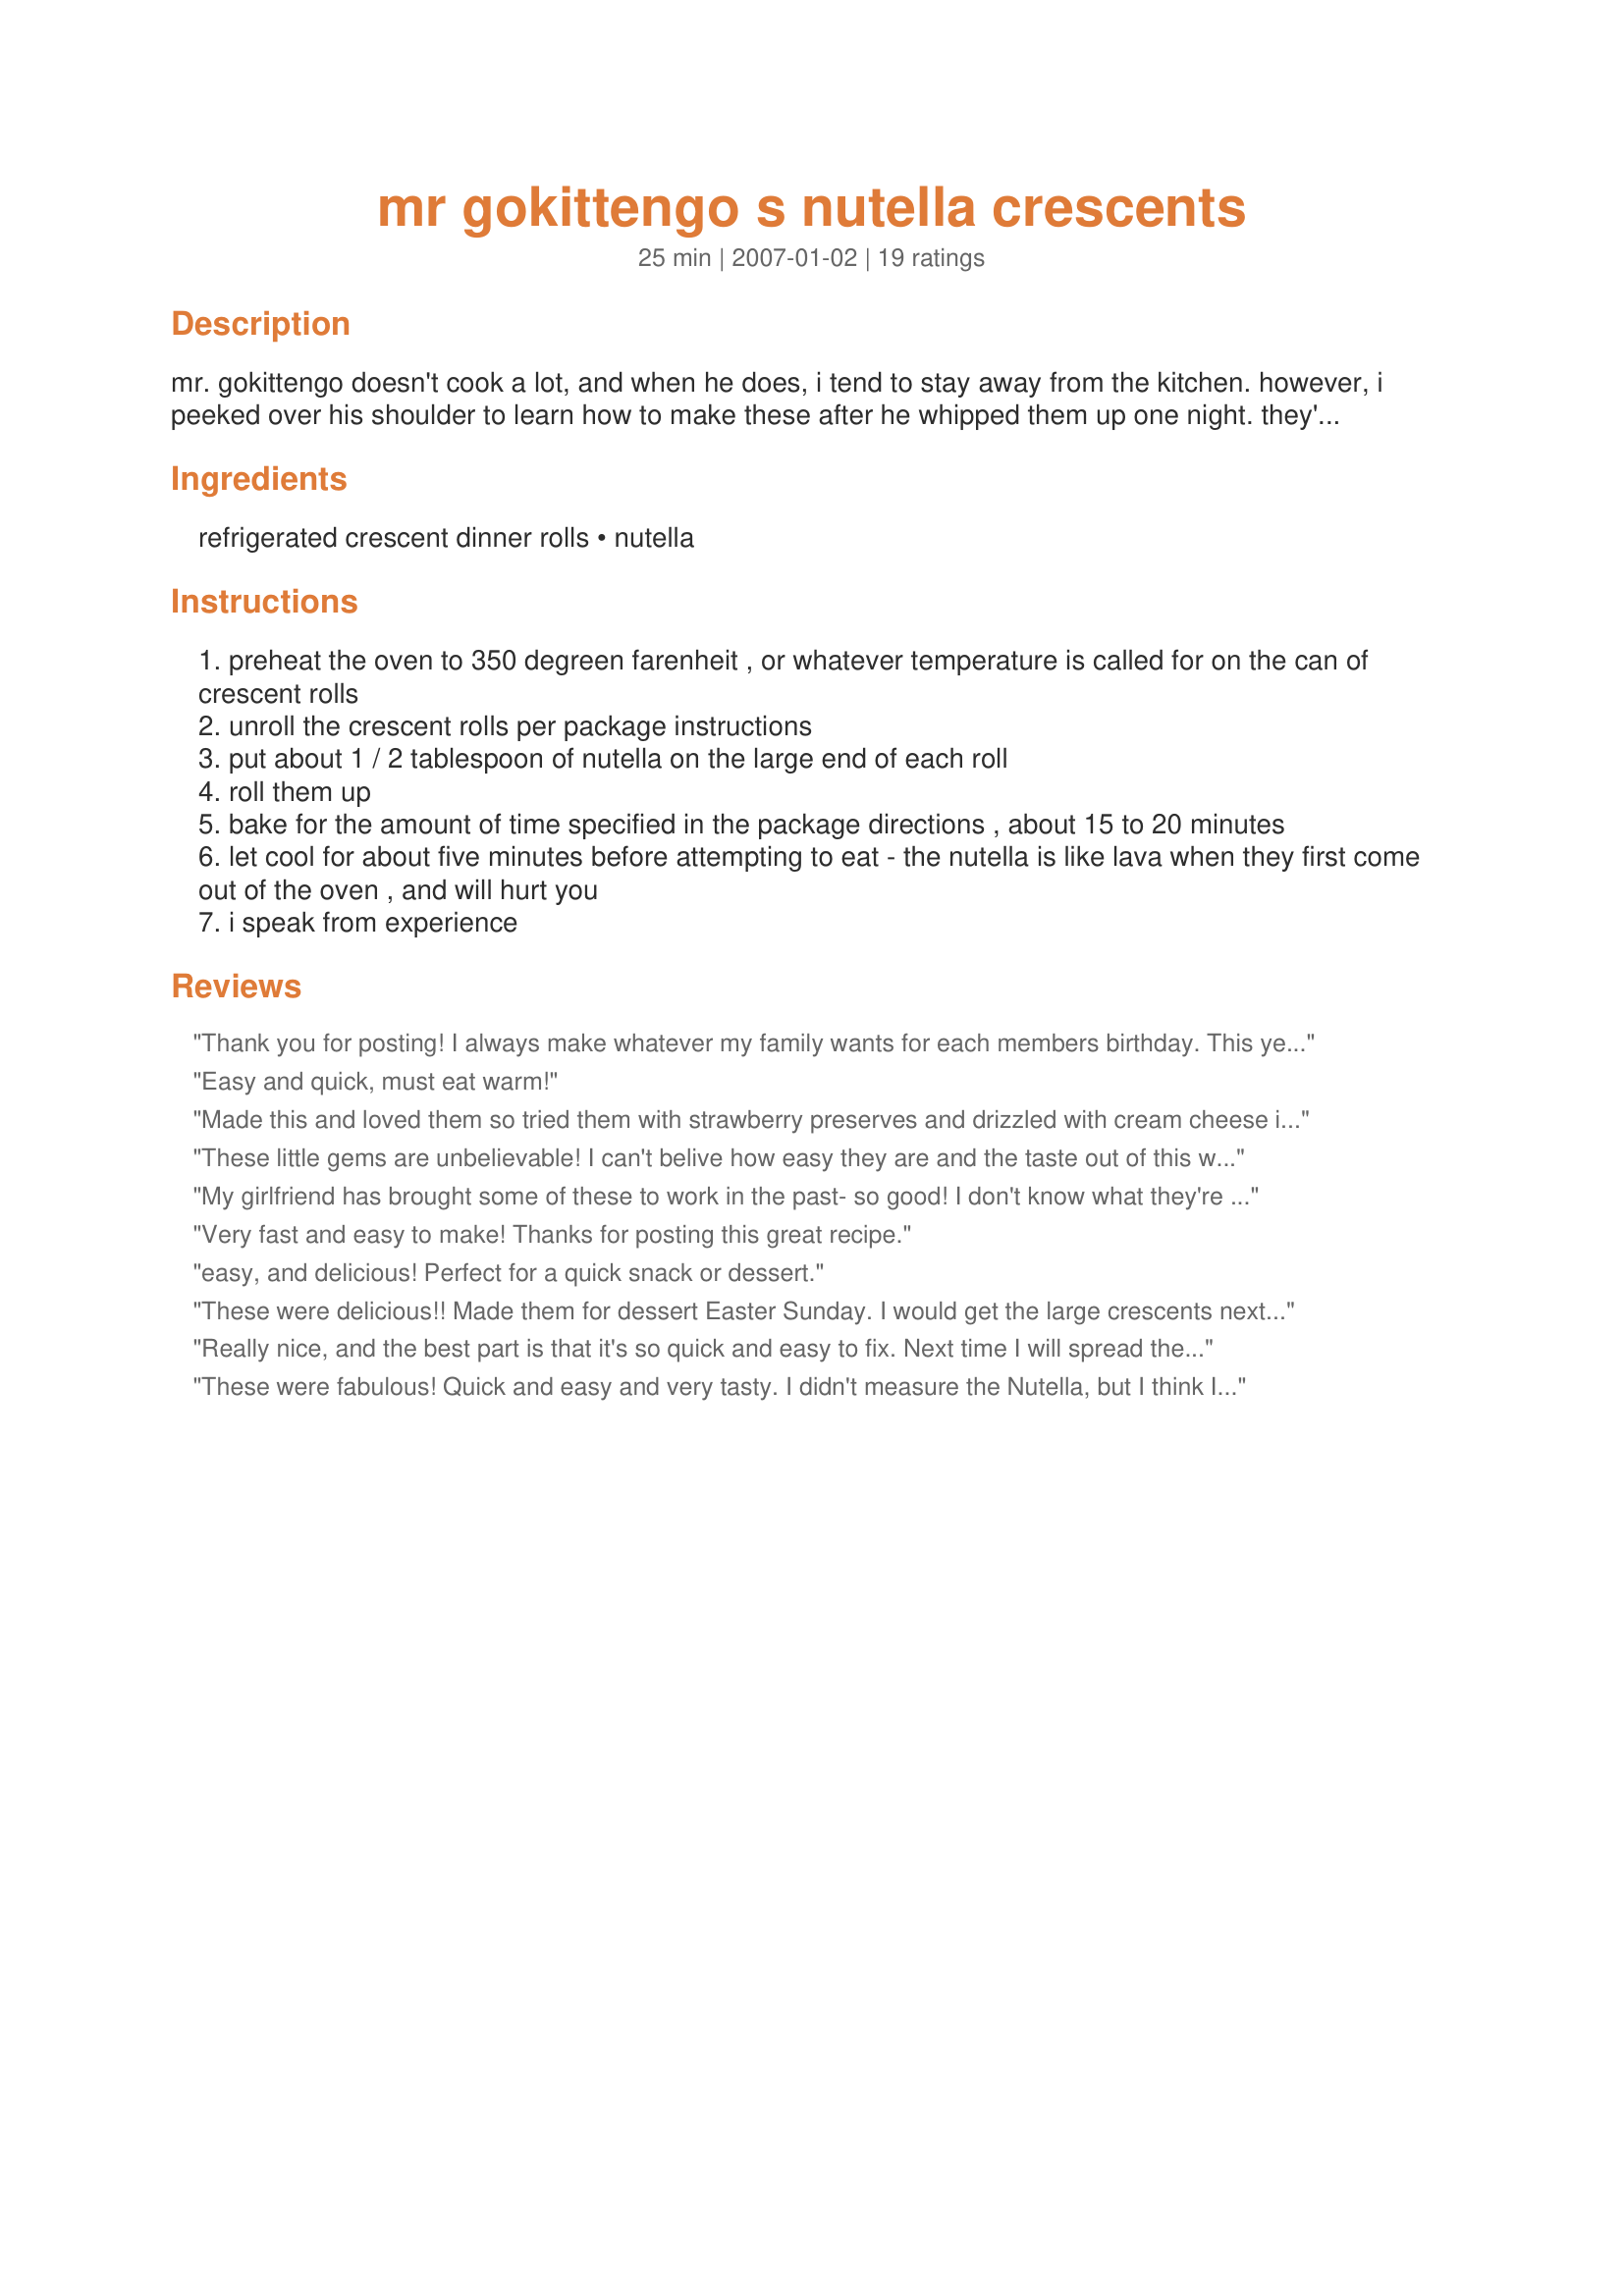
mr gokittengo s nutella crescents
Preparation time: 25 minutes

mr. gokittengo doesn't cook a lot, and when he does, i tend to stay away from the kitchen. however, i peeked over his shoulder to learn how to make these after he whipped them up one night. they're almost too easy to be a recipe! note that this recipe calls for the "big & flaky" crescent rolls; if you use the regular size ones, you might want to use less nutella. then again, you might not. ;)

Ingredients:
refrigerated crescent dinner rolls, nutella

Steps:
preheat the oven to 350 degreen farenheit , or whatever temperature is called for on the can of crescent rolls
unroll the crescent rolls per package instructions
put about 1 / 2 tablespoon of nutella on the large end of each roll
roll them up
bake for the amount of time specified in the package directions , about 15 to 20 minutes
let cool for about five minutes before attempting to eat - the nutella is like lava when they first come out of the oven , and will hurt you
i speak from experience

Reviews:
Thank you for posting! I always make whatever my family wants for each members birthday. This year my son wated a favorite sandwhich of his for desert...a nutella, peanut butter and marshmallow concoction! It's hard to make a cake like that, so I made a bunch of these instead! I just added peanut butter chips and marshmallows to the filling. He loved them and the family did too! Thanks for making a birthday meal special in a unique way!!!
Easy and quick, must eat warm!
Made this and loved them so tried them with strawberry preserves and drizzled with cream cheese icing. Served both kinds of them at a tea for my Red Hat group and they all loved them and was surprized how easy. This is a good fast fix when you want something sweet and warm or company pops in.
These little gems are unbelievable! I can't belive how easy they are and the taste out of this world...I dusted them with some powdered sugar and they looked and tasted like I had slaved baking all day...
My girlfriend has brought some of these to work in the past- so good! I don't know what they're like warm, but room temp/slightly cool they're still heavenly. The nutella kind of seeps into the crescent and it becomes like a chocolate filled pastry. She sprinkled with powdered sugar- so pretty and so tasty. Will definitely make these in the future!
Very fast and easy to make! Thanks for posting this great recipe.
easy, and delicious! Perfect for a quick snack or dessert.
These were delicious!! Made them for dessert Easter Sunday. I would get the large crescents next time (they were all out at the store so I bought small ones) Used a knife to spread the nutella evenly over the cresecents. Will make these again for sure. Best right out of the oven. Thanks for the easy recipe!
Really nice, and the best part is that it's so quick and easy to fix. Next time I will spread the Nutella out, so it covers more of the crescent. The recipe didn't specify, so I just dollopped it on, and didn't get good coverage. I'll also double the Nutella in each one...but that's just me being naughty:)
These were fabulous! Quick and easy and very tasty. I didn't measure the Nutella, but I think I used more than 1/2T per crescent roll (I used the jumbo ones). dusting of powdered sugar made them just right!
I made these for my kids this morning and they loved it! I am always looking for soft foods my toddler can eat because she has really low muscle tone and is restricted on what she can eat. These were perfect for her because they were soft so she could eat them without choking but also full of flavor from the nutella. And GKG if you are reading this we miss you My email is roseplummer @ gmail . com and my facebook is under Rose Plummer
Loved it! Easy and delicious....my two favorite things in a recipe!
Oh yum! I made these this morning before work. What a great breakfast with a cup of coffee. I used the regular crescent rolls and I didn't really measure the Nutella, just put a "dollop" on each. I swear I could have eatenn the whole pan! Thanks for posting Kitten.
These were good but not gourmet by any means. Tasted best right out of the oven, after that they lose a bit of flavor. Great for a quick snack with no effort. I used the reduced fat crescents.
Easy and deliious!! Loved the recipe and so did family and friends. Dusted with powered sugar and they looked like they came fram a bakery. Thanks for sharing such an easy recipe.
Delicious. I even read the recipe wrong so used half a teaspoon Nutella and they were still wonderful (I'll do it right next time). This was the only way I could get DH to try Nutella - he fears trying new things : ) He asked me to make a double batch next time. Thanks!
These were pretty darn tasty. I think the buttery flavor of the crescent didn't allow the full nutella goodness to come through. I liked them and will probably make them again, but I will be sure to dollop extra nutella inside.
Wow what a great, quick dessert fix when you have a craving for something that's fresh, hot, chocolatey and oh sooooo good.
Thank you for sharing. Sprinkled icing sugar over them after they cooled for about 45 seconds and YUM YUM YUM and did I say YUM!!!
I love nutella!!!! Thank you GoKittenGo for posting this wonderful recipe.
